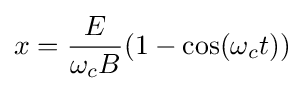
x={\frac {E}{\omega _{c}B}}(1-\cos(\omega _{c}t))\!